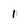
Character: 1